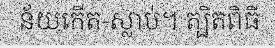
ន័យកើត-ស្លាប់។ ត្បិតពិធី